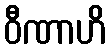
ဝီဏာဟိ